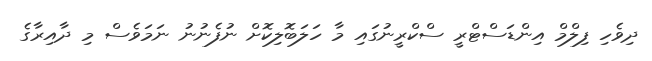
ދިވެހި ފިލްމް އިންޑަސްޓްރީ ސްކްރީނުގައި މާ ހަލަބޮލިކޮށް ނުފެނުނު ނަމަވެސް މި ދާއިރާގެ